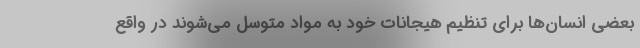
بعضی انسان‌ها برای تنظیم هیجانات خود به مواد متوسل می‌شوند در واقع